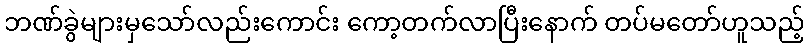
ဘဏ်ခွဲများမှသော်လည်းကောင်း ကော့တက်လာပြီးနောက် တပ်မတော်ဟူသည့်